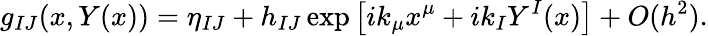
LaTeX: g_{IJ}(x,Y(x))=\eta_{IJ}+h_{IJ}\exp\left[ik_{\mu}x^{\mu}+ik_{I}Y^{I}(x)\right]+O(h^{2}).